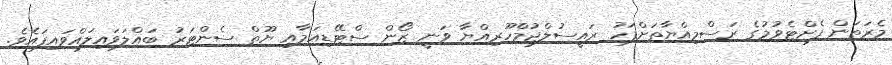
މެރަތަން ފެށްޓެވުމުގެ ރަސްމިއްޔާތަށްފަހު ރައީސުލްޖުމްހޫރިއްޔާ ވަނީ ޒޯން ސްޓޭޑިއަމާއި ޔޫތް ސެންޓަރު ބައްލަވައިލައްވައިފައެވެ.